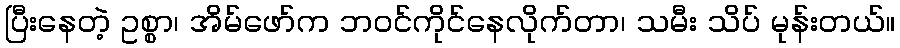
ပြီးနေတဲ့ ဥစ္စာ၊ အိမ်ဖော်က ဘဝင်ကိုင်နေလိုက်တာ၊ သမီး သိပ် မုန်းတယ်။